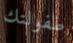
طفولتك